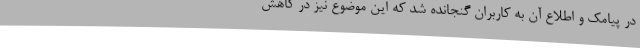
در پیامک و اطلاع آن به کاربران گنجانده شد که این موضوع نیز در کاهش